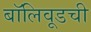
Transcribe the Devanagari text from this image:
बॉलिवूडची